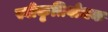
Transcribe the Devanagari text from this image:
स्वीकृतिबोधक